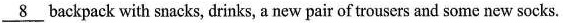
\underline{8} backpack with snacks, drinks, a new pair of trousers and some new socks.